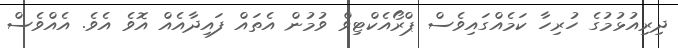
ދިރިއުޅުމުގެ ހުރިހާ ކަމެއްގައިވެސް ޕްރޯއެކްޓިވް ވުމުން އެތައް ފައިދާއެއް އޮވެ އެވެ. އެއްވެސް